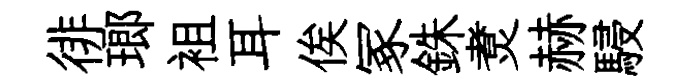
徘瑯袓耳俟冢銖煑赫駸